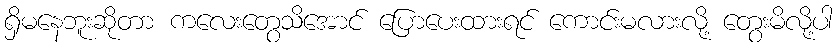
ရှိမနေဘူးဆိုတာ ကလေးတွေသိအောင် ပြောပေးထားရင် ကောင်းမလားလို့ တွေးမိလို့ပါ